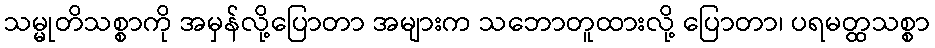
သမ္မုတိသစ္စာကို အမှန်လို့ပြောတာ အများက သဘောတူထားလို့ ပြောတာ၊ ပရမတ္ထသစ္စာ